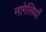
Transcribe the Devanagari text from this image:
नागेसियाँ